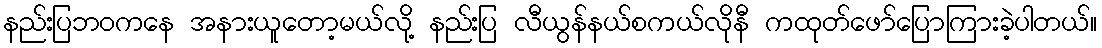
နည်းပြဘဝကနေ အနားယူတော့မယ်လို့ နည်းပြ လီယွန်နယ်စကယ်လိုနီ ကထုတ်ဖော်ပြောကြားခဲ့ပါတယ်။